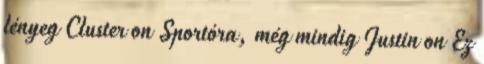
lényeg Cluster on Sportóra, még mindig Justin on Ez